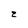
Character: z